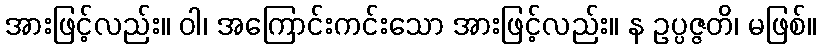
အားဖြင့်လည်း။ ဝါ၊ အကြောင်းကင်းသော အားဖြင့်လည်း။ န ဥပ္ပဇ္ဇတိ၊ မဖြစ်။